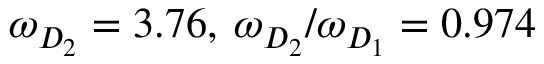
\omega _ { D _ { 2 } } = 3 . 7 6 , \: \omega _ { D _ { 2 } } / \omega _ { D _ { 1 } } = 0 . 9 7 4